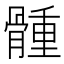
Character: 𩩳